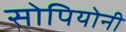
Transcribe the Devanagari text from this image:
सोपियोनी